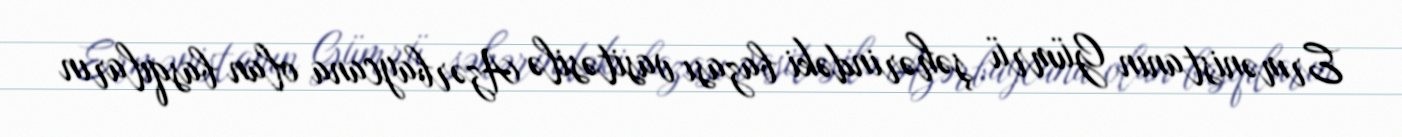
Ermənistanın Gümrü şəhərindəki bazası vasitəsilə Azərbaycana olan basqıların